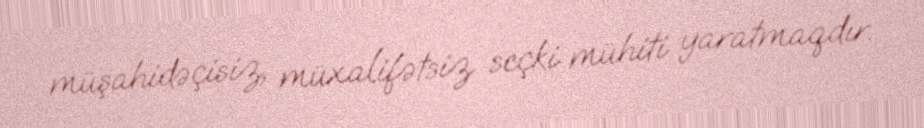
müşahidəçisiz, müxalifətsiz seçki mühiti yaratmaqdır.